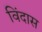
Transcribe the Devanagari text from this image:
विंदास